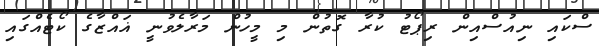
ސްކައި ނިއުސްއިން ރިޕޯޓު ކުރާ ގޮތުން މި މީހުން މަރާލެވުނީ ޣައްޒާގެ ކޯޓެއްގައި